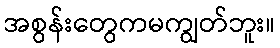
အစွန်းတွေကမကျွတ်ဘူး။